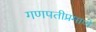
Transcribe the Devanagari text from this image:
गणपतीप्रमाणे